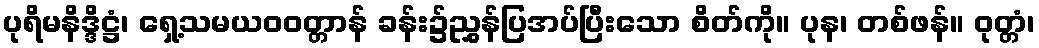
ပုရိမနိဒ္ဒိဋ္ဌံ၊ ရှေ့သမယဝဝတ္တာန် ခန်း၌ညွှန်ပြအပ်ပြီးသော စိတ်ကို။ ပုန၊ တစ်ဖန်။ ဝုတ္တံ၊